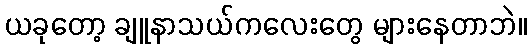
ယခုတော့ ချူနာသယ်ကလေးတွေ များနေတာဘဲ။